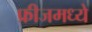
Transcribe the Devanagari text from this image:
फ्रीजमध्ये